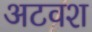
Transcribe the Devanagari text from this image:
अटवश